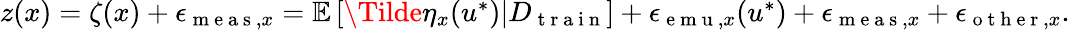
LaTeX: \begin{array}{r}{z(x)=\zeta(x)+\epsilon_{\mathrm{~m~e~a~s~},x}=\mathbb{E}\left[\Tilde{\eta}_{x}(u^{*})\vert D_{\mathrm{~t~r~a~i~n~}}\right]+\epsilon_{\mathrm{~e~m~u~},x}(u^{*})+\epsilon_{\mathrm{~m~e~a~s~},x}+\epsilon_{\mathrm{~o~t~h~e~r~},x}.}\end{array}